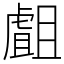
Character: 𧇣